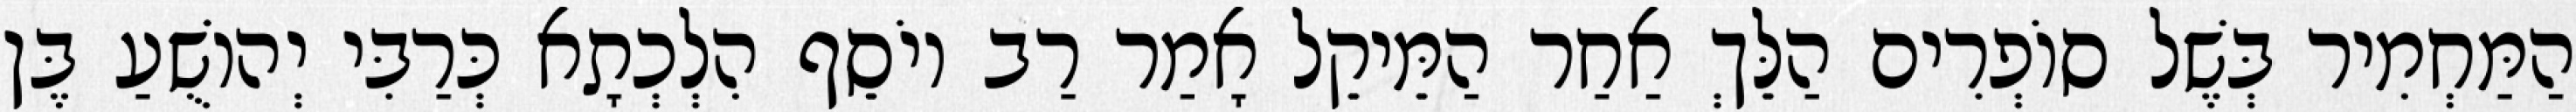
הַמַּחְמִיר בְּשֶׁל סוֹפְרִים הַלֵּךְ אַחַר הַמֵּיקֵל אָמַר רַב יוֹסֵף הִלְכְתָא כְּרַבִּי יְהוֹשֻׁעַ בֶּן